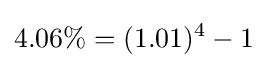
4.06\%=(1.01)^{4}-1